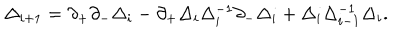
LaTeX: \Delta _ { i + 1 } ^ { } = \partial _ { + } \partial _ { - } \Delta _ { i } ^ { } - \partial _ { + } \Delta _ { i } ^ { } \Delta _ { i } ^ { - 1 } \partial _ { - } \Delta _ { i } ^ { } + \Delta _ { i } ^ { } \Delta _ { i - 1 } ^ { - 1 } \Delta _ { i } ^ { } .